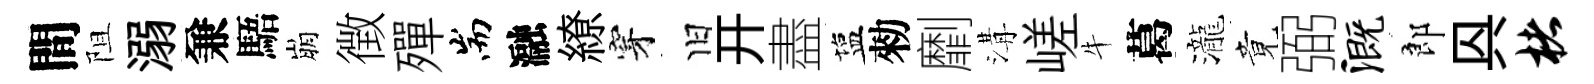
間阻溺兼䮏崩徴殫耑瀜繚穿旧开盡塩勑劘溝嵯牛葛瀧竟弼溉郎㒷楮